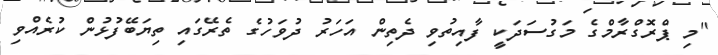
"މި ޕްރޮގްރާމްގެ މަގުސަދަކީ ފާއިތުވި ދެތިން އަހަރު ދުވަހުގެ ތެރޭގައި ތިޔަބޭފުޅުން ކުރެއްވި